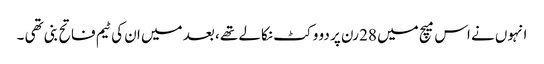
انہوں نے اس میچ میں 28 رن پر دو وکٹ نکالے تھے ، بعد میں ان کی ٹیم فاتح بنی تھی ۔